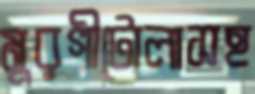
মুরগীটোলাসহ